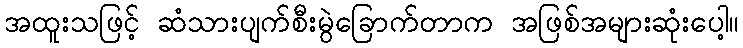
အထူးသဖြင့် ဆံသားပျက်စီးမွဲခြောက်တာက အဖြစ်အများဆုံးပေါ့။